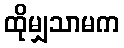
ထိုမျှသာမက